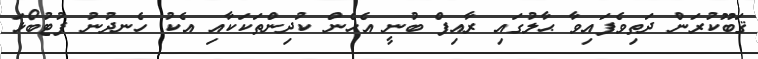
ޤަބޫކުރަން ދަތިވެފައިވާ ޙާލުގައި ރާއިފް ބުނީ އެހެން ކުދިންތަކަކާއި އެކު ހެނދުނު ފުޓުބޯޅަ